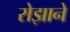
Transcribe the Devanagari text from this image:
रोझाने